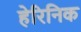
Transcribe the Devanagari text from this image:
हेरिनिक